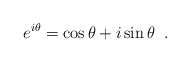
\begin{align*}e^{i\theta} = \cos{\theta} + i \sin{\theta} \; \; .\end{align*}